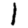
Digit: 1